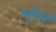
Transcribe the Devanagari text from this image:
न्यूरौनों